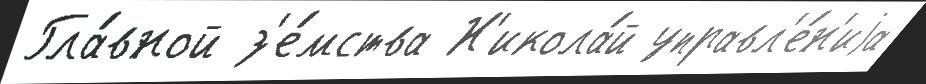
Гла́вной з'е́мства Н'икола́й управл'е́н'иjа